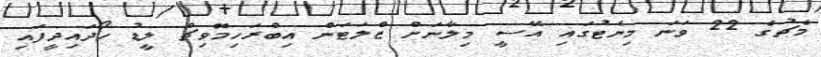
މެޗުގެ 22 ވަނަ މިނެޓުގައި އޭސީ މިލާނަށް ޒްލަޓަން އިބްރަހިމޮވިޗް ލީޑު ހޯދައިދީފައި